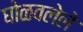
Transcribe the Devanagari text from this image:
घोळवलेले